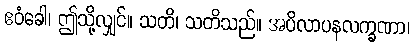
ဧဝံခေါ၊ ဤသို့လျှင်။ သတိ၊ သတိသည်။ အပိလာပနလက္ခဏာ၊